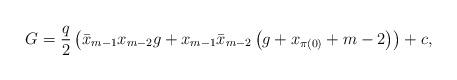
LaTeX: \begin{align*} G=\frac{q}{2}\left(\bar{x}_{m-1}x_{m-2} g+x_{m-1}\bar{x}_{m-2} \left(g+x_{\pi(0)}+m-2\right)\right)+c,\end{align*}